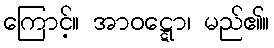
ကြောင့်။ အာဝဋ္ဋော၊ မည်၏။